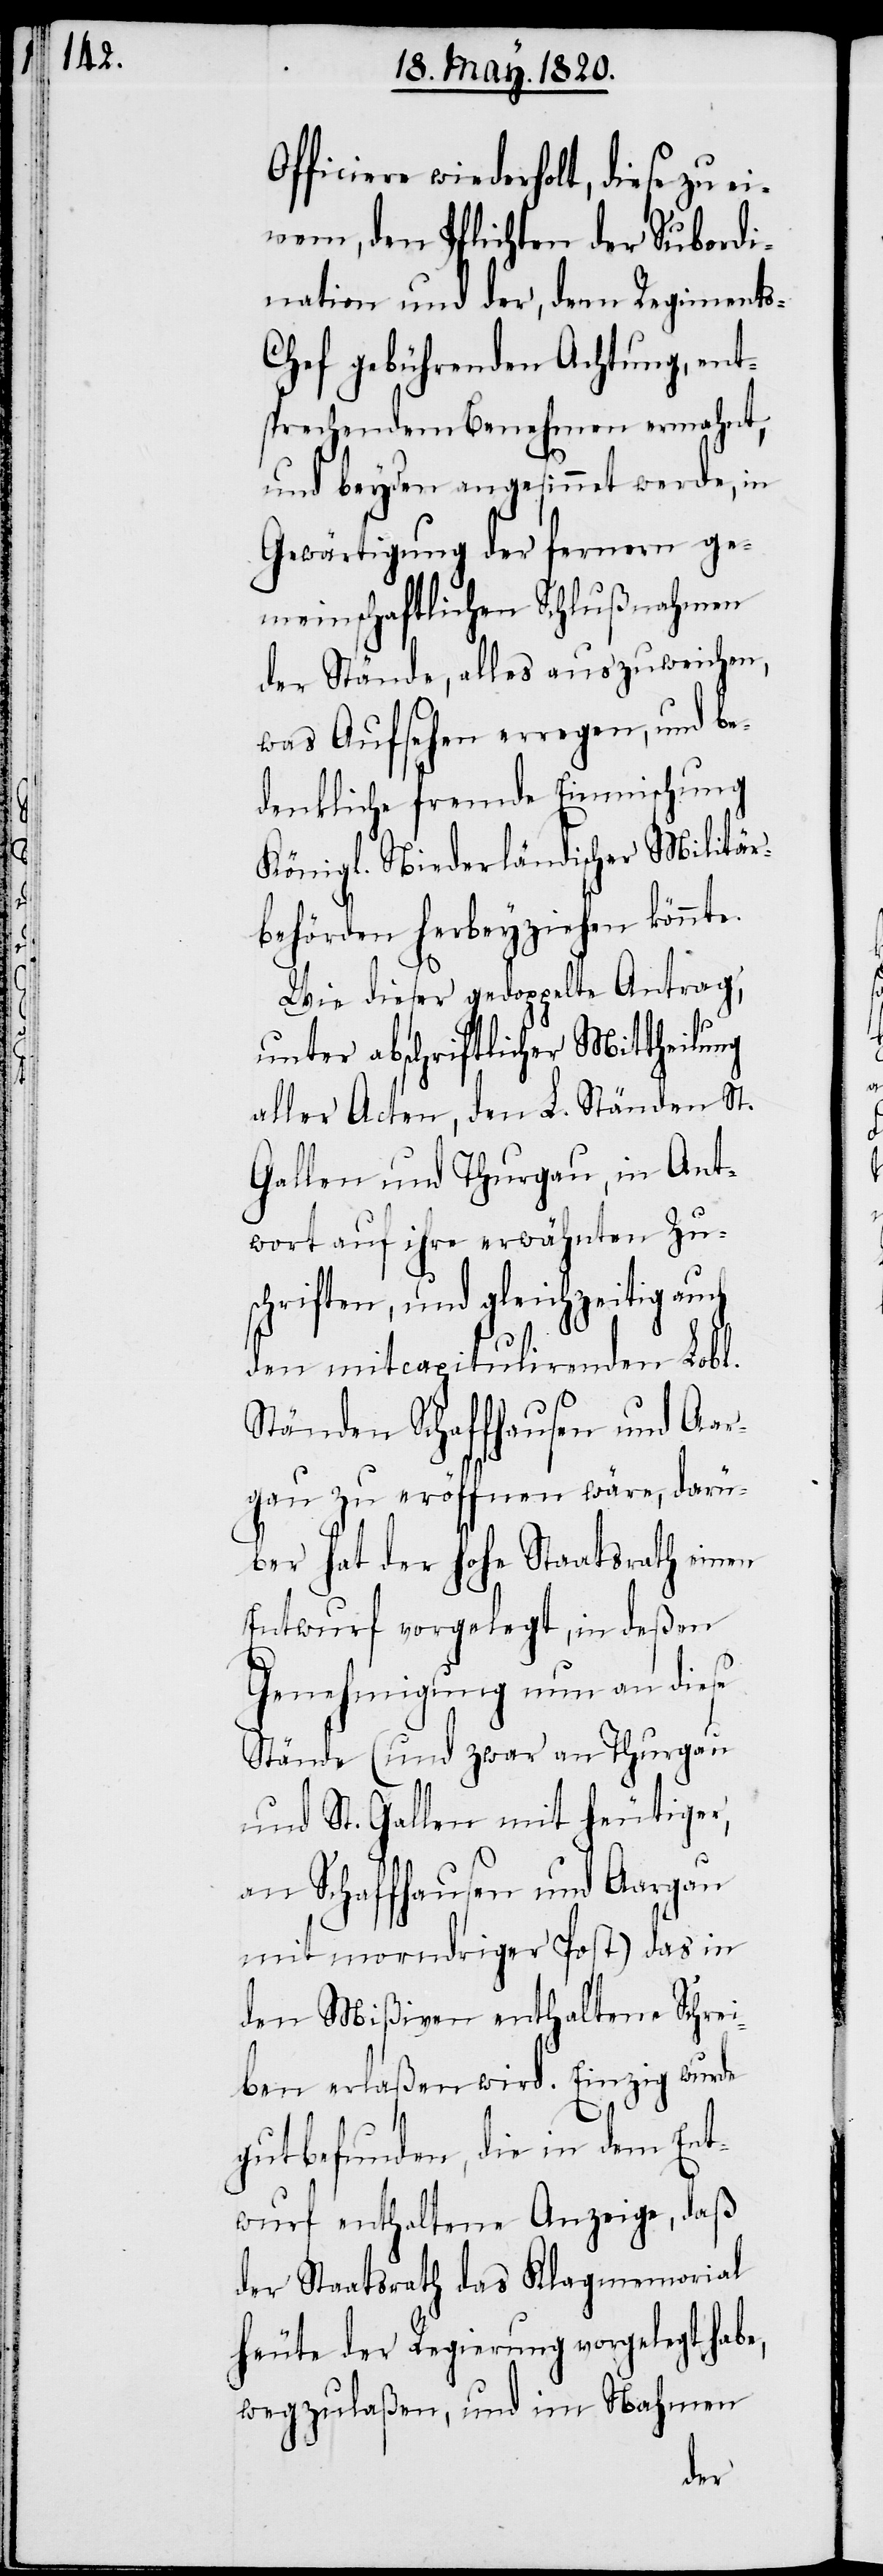
Officiere wiederholt, diese zu ei¬
nem, den Pflichten der Subordi¬
nation und der, dem Regiment¬
s-Chef gebührenden Achtung, ent¬
sprechenden Benehmen ermahnt,
und beyden angesinnet werde, in
Gewärtigung der fernern ge¬
meinschaftlichen Schlußnahmen
der Stände, alles auszuweichen,
was Aufsehen erregen, und be¬
denkliche fremde Einmischung
Königl. Niederländischer Militär¬
behörden herbeyziehen könnte.
Wie dieser gedoppelte Antrag,
unter abschriftlicher Mittheilung
aller Acten, den L. Ständen St.
Gallen und Thurgau, in Ant¬
wort auf ihre erwähnten Zu¬
schriften, und gleichzeitig auch
den mitcapitulirenden Lobl.
Ständen Schaffhausen und Aar¬
gau zu eröffnen wäre, darü¬
ber hat der Hohe Staatsrath einen
Entwurf vorgelegt, in deßen
Genehmigung nun an diese
Stände (und zwar an Thurgau
und St. Gallen mit heutiger,
an Schaffhausen und Aargau
mit morndriger Post) das in
den Mißiven enthaltene Schrei¬
ben erlaßen wird. Einzig wurde
gutbefunden, die in dem Ent¬
wurf enthaltene Anzeige, daß
der Staatsrath das Klagmemorial
heute der Regierung vorgelegt habe,
wegzulaßen, und im Nahmen